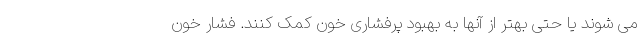
می شوند یا حتی بهتر از آنها به بهبود پرفشاری خون کمک کنند. فشار خون